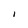
Character: I